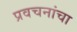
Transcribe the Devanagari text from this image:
प्रवचनांचा